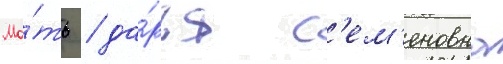
Ма́ть / да́рья с'ем'еновна